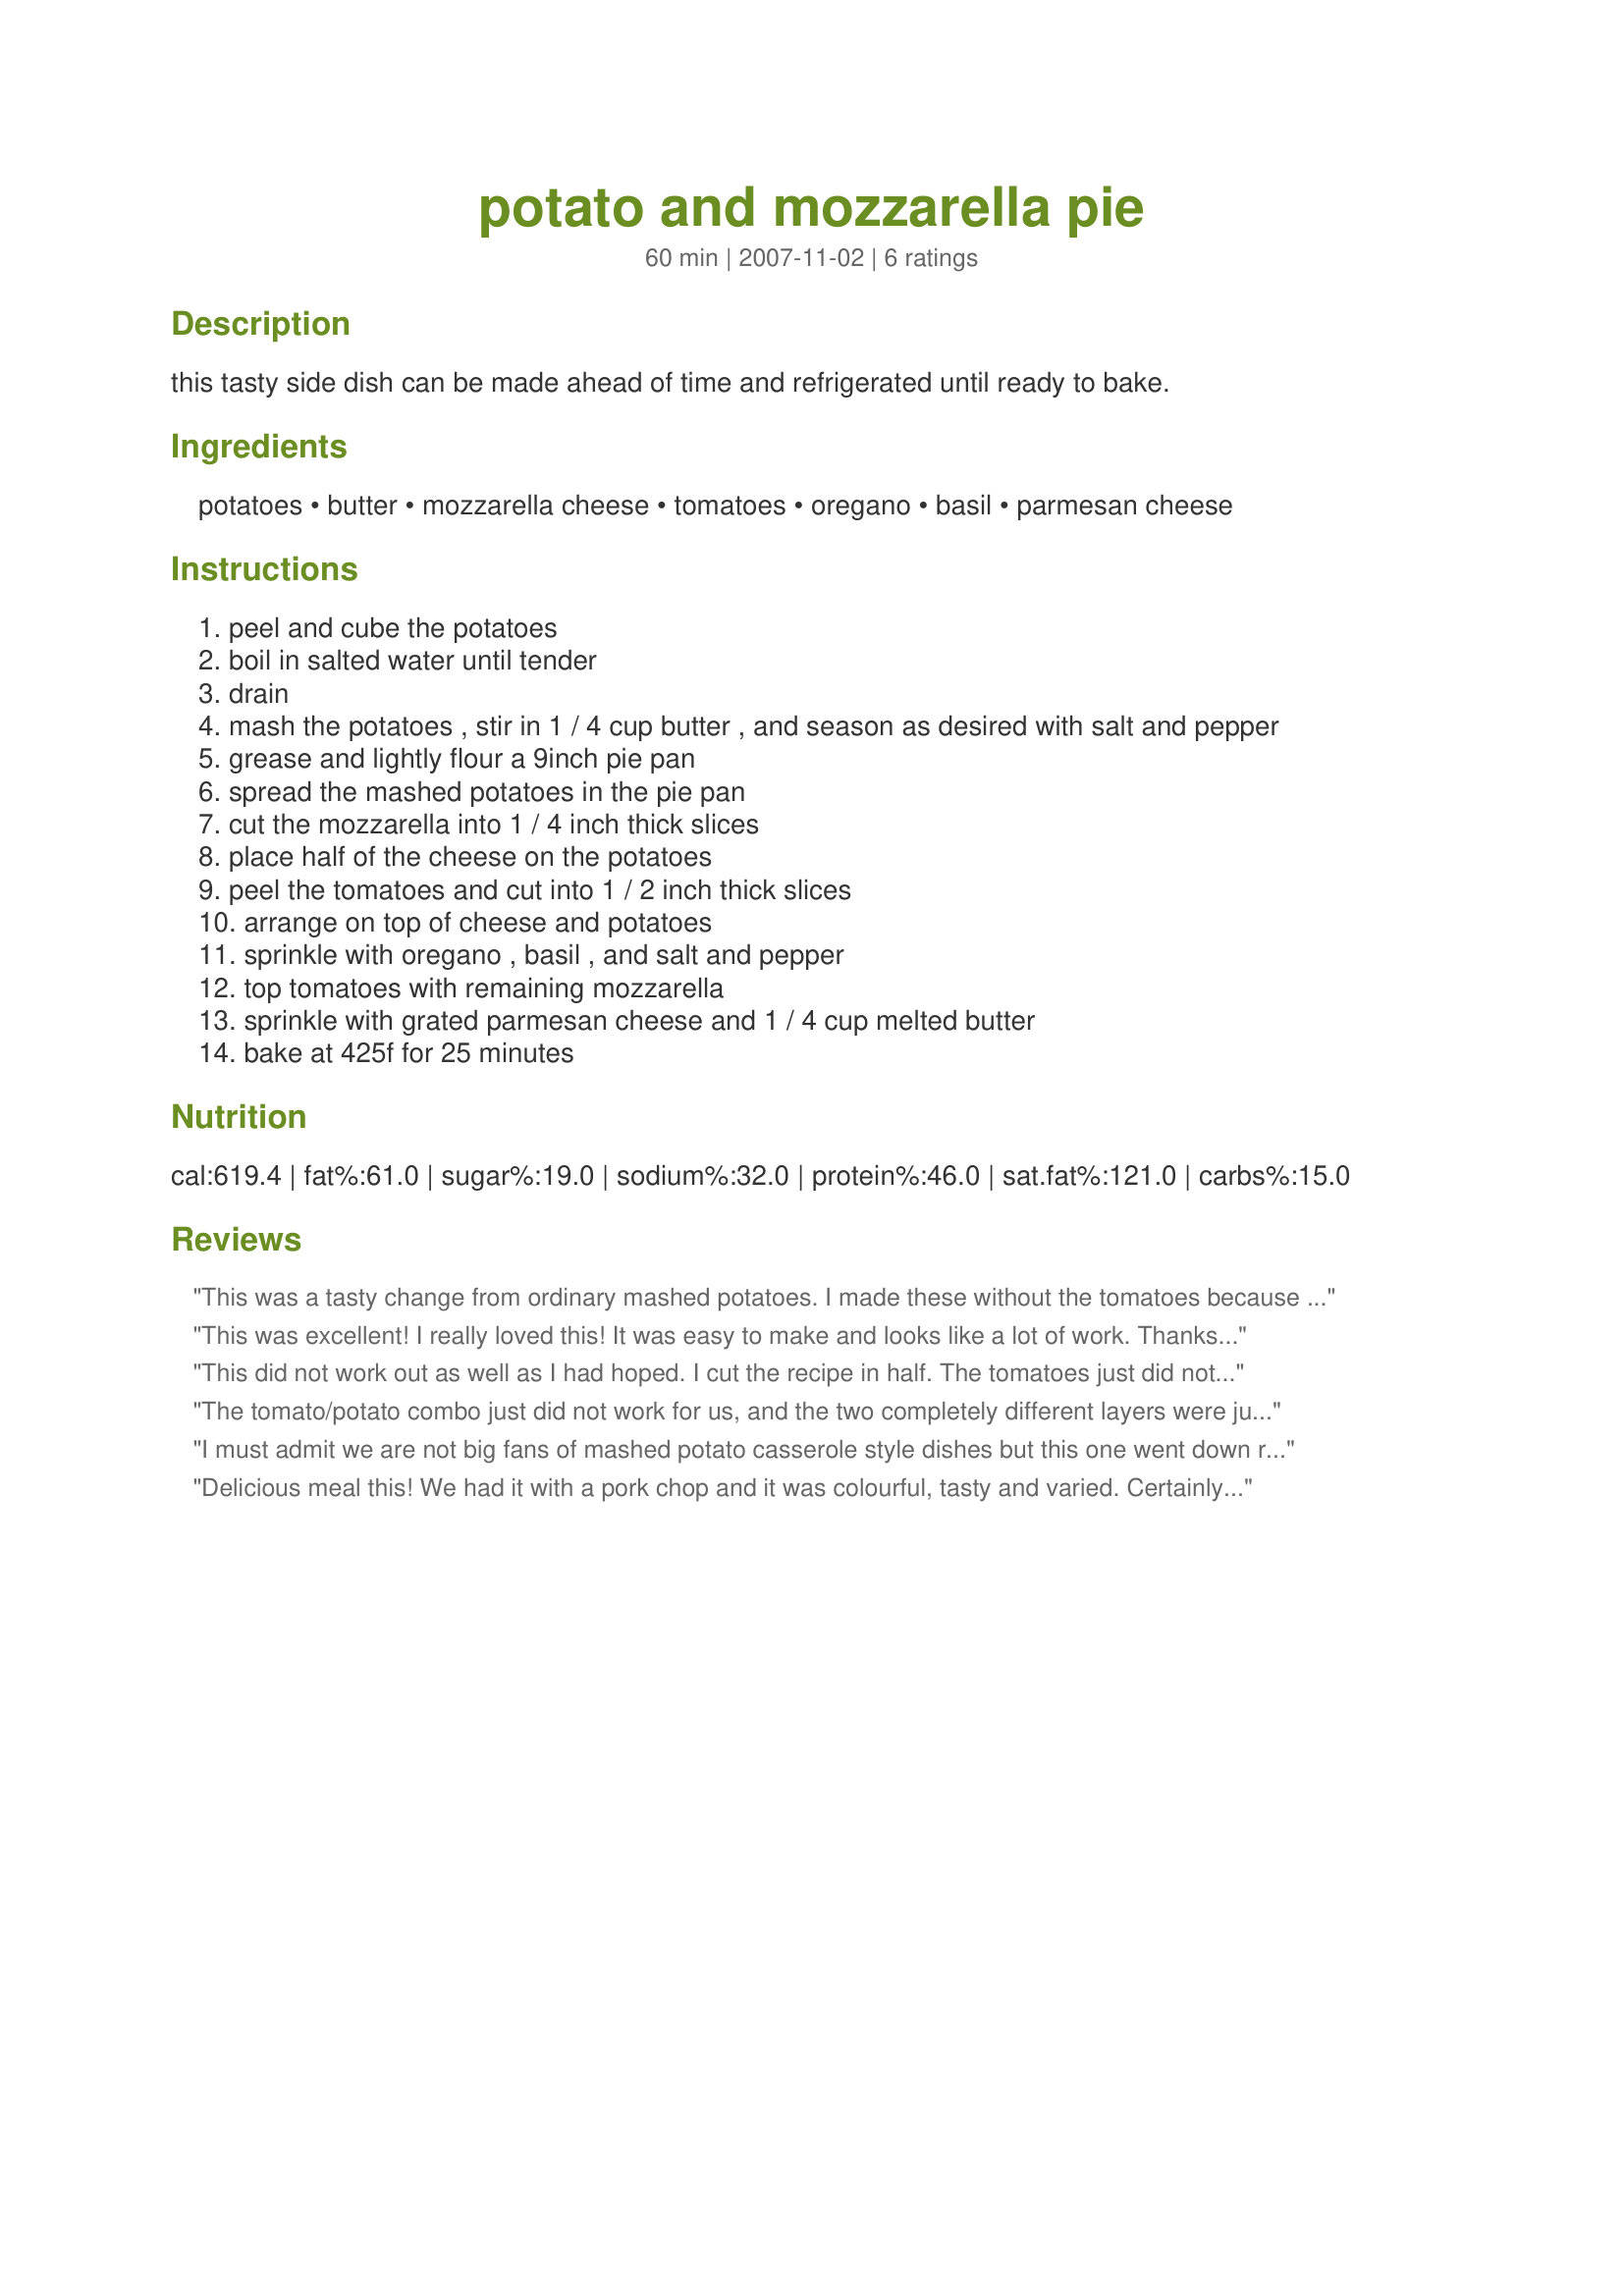
potato and mozzarella pie
Preparation time: 60 minutes

this tasty side dish can be made ahead of time and refrigerated until ready to bake.

Ingredients:
potatoes, butter, mozzarella cheese, tomatoes, oregano, basil, parmesan cheese

Steps:
peel and cube the potatoes
boil in salted water until tender
drain
mash the potatoes , stir in 1 / 4 cup butter , and season as desired with salt and pepper
grease and lightly flour a 9inch pie pan
spread the mashed potatoes in the pie pan
cut the mozzarella into 1 / 4 inch thick slices
place half of the cheese on the potatoes
peel the tomatoes and cut into 1 / 2 inch thick slices
arrange on top of cheese and potatoes
sprinkle with oregano , basil , and salt and pepper
top tomatoes with remaining mozzarella
sprinkle with grated parmesan cheese and 1 / 4 cup melted butter
bake at 425f for 25 minutes

Reviews:
This was a tasty change from ordinary mashed potatoes. I made these without the tomatoes because I do not care for them cooked. Thanks for the great recipe... Made for 123 HITS
This was excellent! I really loved this! It was easy to make and looks like a lot of work. Thanks for sharing!
This did not work out as well as I had hoped. I cut the recipe in half. The tomatoes just did not seem right with the mashed potatoes - I am sure this is just a personal quirk of ours. Thank you for posting, I don't regret trying it.
The tomato/potato combo just did not work for us, and the two completely different layers were just weird....I love all the ingredients, but the way it came together just didn't work for us. Maybe without the tomatoes like previous reviewer said?
I must admit we are not big fans of mashed potato casserole style dishes but this one went down really well (with the DH saying he would definitely have this again), the only change I made was to use sharp cheddar cheese in place of the parmesan cheese and then poured of the fat from the casserole dish (used a rectangular corningware style dish) and for us that would be 5 serves (the DH and DS ate half but the DM and I could only get through a little over half of our serves but it tasted delicious. Thank you loof made for Aussie/Kiwi Recipe Swap #77 June 2013.
Delicious meal this! We had it with a pork chop and it was colourful, tasty and varied. Certainly a perfection of normal and now boring mashed potatoes! The only difference I will make next time is to layer the cheese with the potato so it goes all the way through, but it was fantastic. Loved it loof! Thank you
